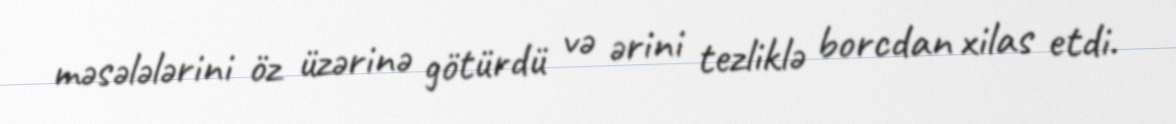
məsələlərini öz üzərinə götürdü və ərini tezliklə borcdan xilas etdi.